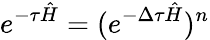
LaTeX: e^{-\tau\hat{H}}=(e^{-\Delta\tau\hat{H}})^{n}